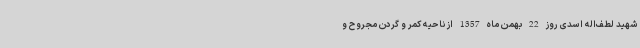
شهید لطف‌اله اسدی روز 22 بهمن ماه 1357 از ناحیه کمر و گردن مجروح و